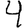
Digit: 4